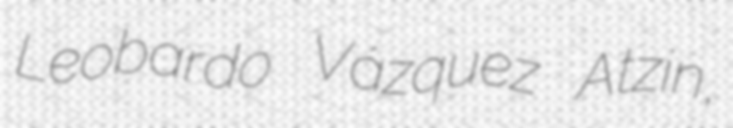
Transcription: Leobardo Vázquez Atzin,